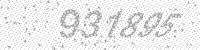
Solution: 931895